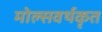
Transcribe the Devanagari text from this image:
मोल्सवर्थकृत